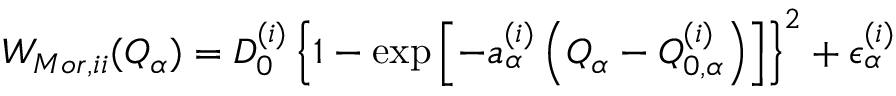
W _ { M o r , i i } ( Q _ { \alpha } ) = D _ { 0 } ^ { ( i ) } \left\{ 1 - \exp \left[ - a _ { \alpha } ^ { ( i ) } \left( Q _ { \alpha } - Q _ { 0 , \alpha } ^ { ( i ) } \right) \right] \right\} ^ { 2 } + \epsilon _ { \alpha } ^ { ( i ) }